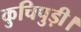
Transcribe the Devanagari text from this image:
कुचिपुड़ी।